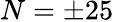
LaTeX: N=\pm 25